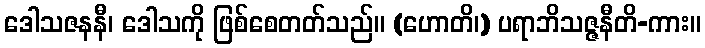
ဒေါသဇနနီ၊ ဒေါသကို ဖြစ်စေတတ်သည်။ (ဟောတိ၊) ပရာဘိသဇ္ဇနီတိ-ကား။